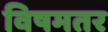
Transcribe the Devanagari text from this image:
विषमतर